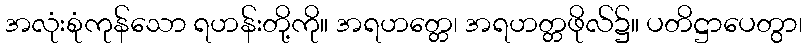
အလုံးစုံကုန်သော ရဟန်းတို့ကို။ အရဟတ္တေ၊ အရဟတ္တဖိုလ်၌။ ပတိဋ္ဌာပေတွာ၊